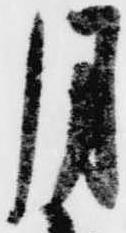
月